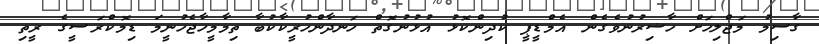
ގާސިމު މަޖްލިހަށް ހާޟިރުނުވެގެން އެމްޑީޕީ ކުދިންކޮޅު އުޅުނުގޮތް ހަނދާންހުރީކާކުބާ ތިމާމީހާޖެހުނީމަ ޑިމޮކްރަސީގެ ރީތި